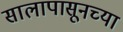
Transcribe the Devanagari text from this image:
सालापासूनच्या